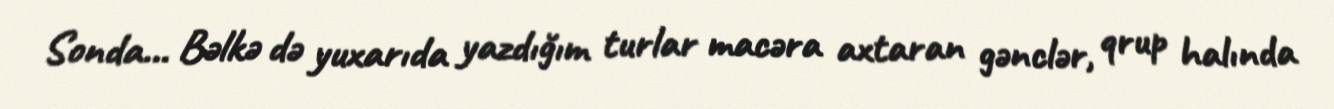
Sonda... Bəlkə də yuxarıda yazdığım turlar macəra axtaran gənclər, qrup halında